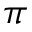
\pi